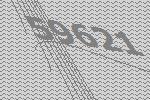
59621